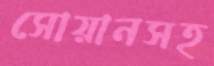
সোয়ানসহ